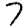
Digit: 7